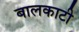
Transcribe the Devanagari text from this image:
बालकाटी